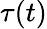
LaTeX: \tau(t)